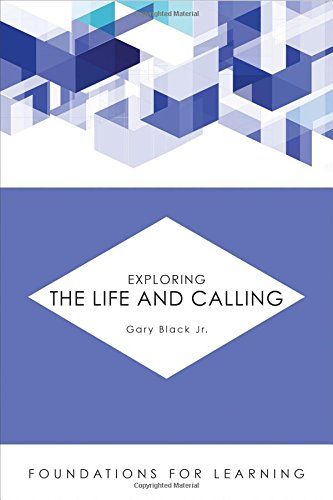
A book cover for Exploring the Life and Calling (Foundations for Learning); Gary Black Jr; Christian Books & Bibles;